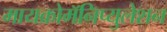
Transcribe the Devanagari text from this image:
मायक्रोमॅनिप्युलेशन